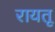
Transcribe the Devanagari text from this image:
रायतू